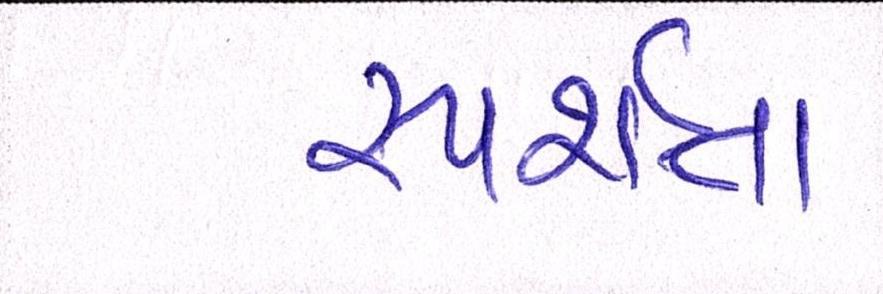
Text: સ્પર્શતા